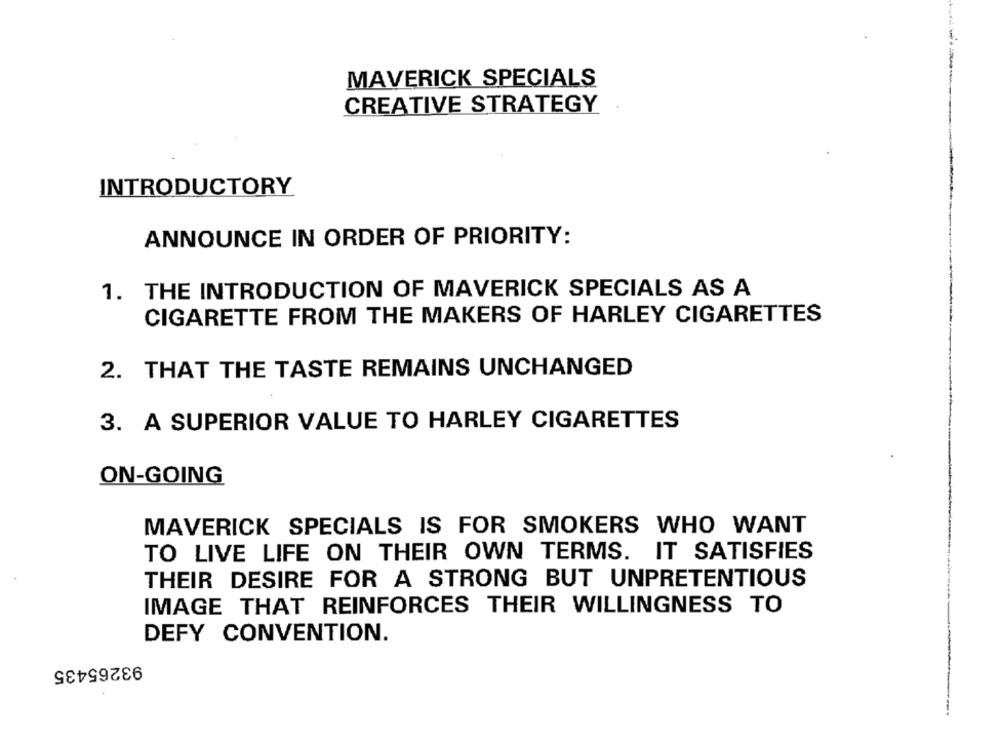
MAVERICK SPECIALS
CREATIVE STRATEGY
INTRODUCTORY
ANNOUNCE IN ORDER OF PRIORITY:
1. THE INTRODUCTION OF MAVERICK SPECIALS AS A
CIGARETTE FROM THE MAKERS OF HARLEY CIGARETTES
2. THAT THE TASTE REMAINS UNCHANGED
3. A SUPERIOR VALUE TO HARLEY CIGARETTES
ON-GOING
MAVERICK SPECIALS IS FOR SMOKERS WHO WANT
TO LIVE LIFE ON THEIR OWN TERMS. IT SATISFIES
THEIR DESIRE FOR A STRONG BUT UNPRETENTIOUS
IMAGE THAT REINFORCES THEIR WILLINGNESS TO
DEFY CONVENTION.
93265435